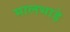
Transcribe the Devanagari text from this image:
मालभाड़े